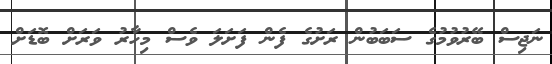
ނަޖިސް ބޭރުވުމުގެ ސަބަބުން ރަށުގެ ފެން ފަށަލަ ވެސް މިހާރު ވަރަށް ބޮޑަށް